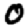
Digit: 0